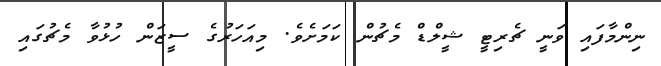
ނިންމާފައި ވަނީ ޗެރިޓީ ޝީލްޑް މެޗުން ކަމަށެވެ. މިއަހަރުގެ ސީޒަން ހުޅުވާ މެޗުގައި